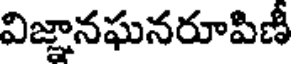
విజ్ఞానఘనరూపిణీ